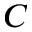
C